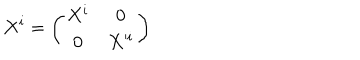
X ^ { i } = \left( \begin{array} { c c } { { X ^ { i } } } & { { 0 } } \\ { { 0 } } & { { X ^ { i } } } \\ \end{array} \right)